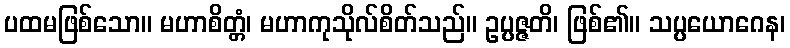
ပထမဖြစ်သော။ မဟာစိတ္တံ၊ မဟာကုသိုလ်စိတ်သည်။ ဥပ္ပဇ္ဇတိ၊ ဖြစ်၏။ သပ္ပယောဂေန၊